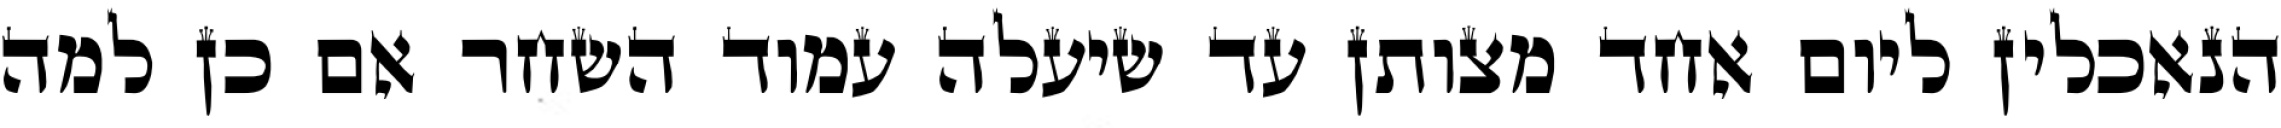
הנאכלין ליום אחד מצותן עד שיעלה עמוד השחר אם כן למה